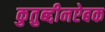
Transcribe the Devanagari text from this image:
कुतुब्द्दीनऐबक